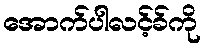
အောက်ပါလင့်ခ်ကို